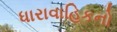
ધારાવાહિકનો